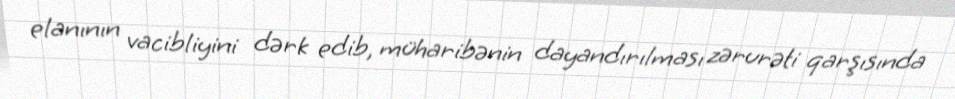
elanının vacibliyini dərk edib, müharibənin dayandırılması zərurəti qarşısında